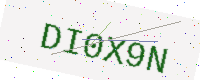
Text: DI0X9N